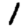
Digit: 1